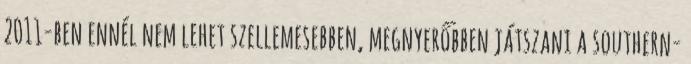
2011-ben ennél nem lehet szellemesebben, megnyerőbben játszani a southern-